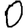
Digit: 0